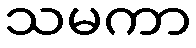
သမကာ